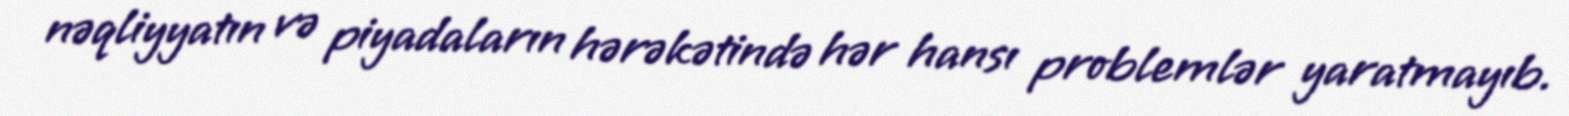
nəqliyyatın və piyadaların hərəkətində hər hansı problemlər yaratmayıb.